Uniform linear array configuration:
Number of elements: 16
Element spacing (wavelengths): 0.5
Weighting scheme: cosine
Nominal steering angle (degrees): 30
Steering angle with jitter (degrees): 31.405
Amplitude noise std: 0.05
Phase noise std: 0.05

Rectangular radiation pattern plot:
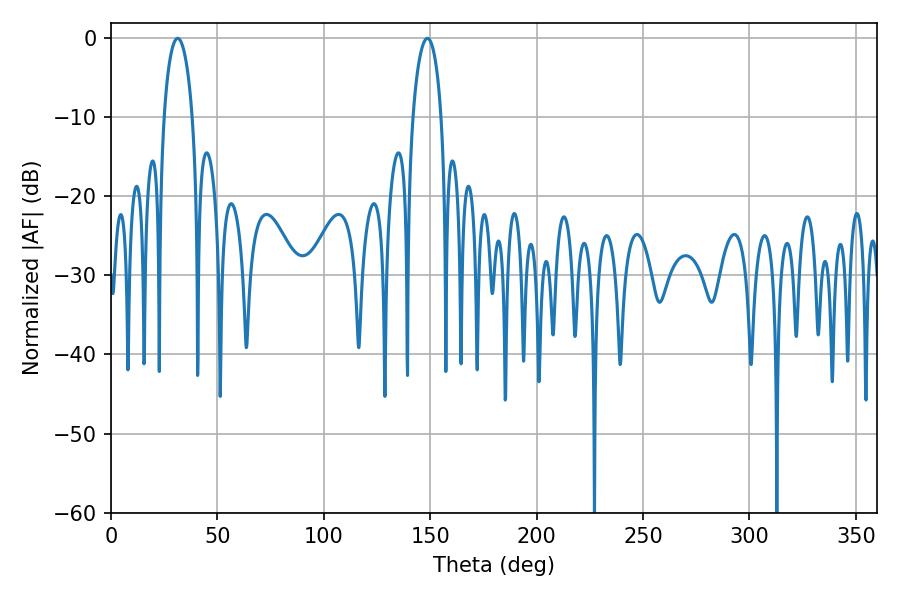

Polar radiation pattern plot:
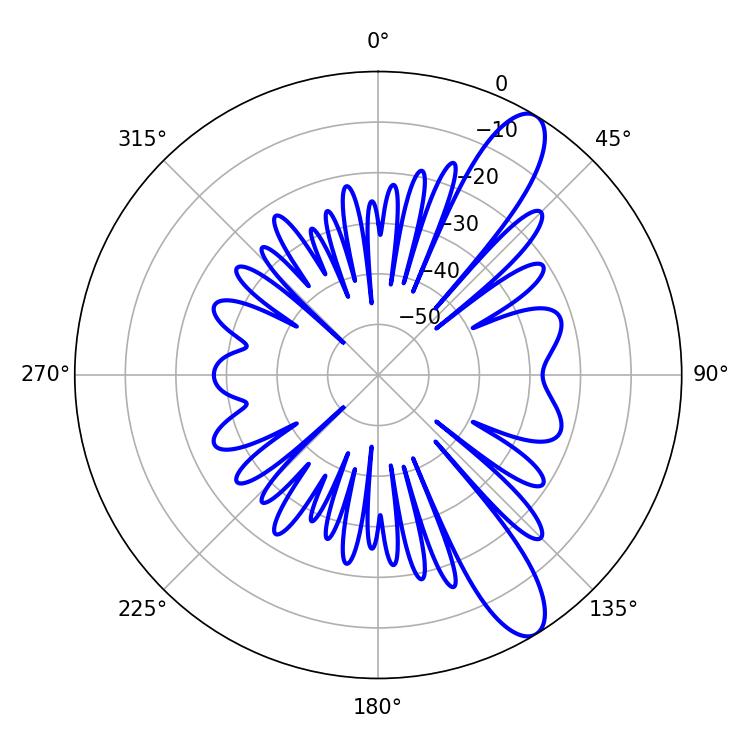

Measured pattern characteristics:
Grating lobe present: FALSE
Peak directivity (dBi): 11.171
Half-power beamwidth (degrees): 7.74
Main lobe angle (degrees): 31.32